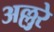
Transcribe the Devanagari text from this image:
अल्लुरे